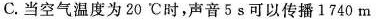
C. 当空气温度为20℃时，声音 5 s可以传播1 740 m